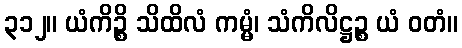
၃၁၂။ ယံကိဉ္စိ သိထိလံ ကမ္မံ၊ သံကိလိဋ္ဌဉ္စ ယံ ဝတံ။